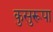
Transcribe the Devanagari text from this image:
कुसुरूपा